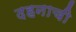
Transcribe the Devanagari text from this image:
दहनाची